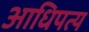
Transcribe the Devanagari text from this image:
अाधिपत्य